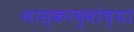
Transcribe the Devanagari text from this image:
भास्करबुवांच्या